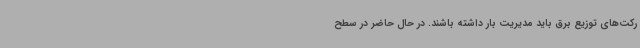
رکت‌های توزیع برق باید مدیریت بار داشته باشند. در حال حاضر در سطح